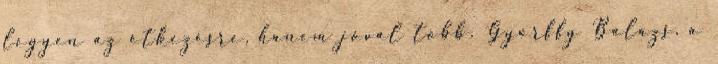
legyen az étkezésre, hanem jóval több. Győrffy Balázs, a